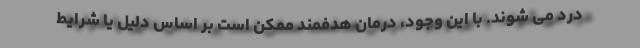
درد می شوند. با این وجود، درمان هدفمند ممکن است بر اساس دلیل یا شرایط